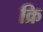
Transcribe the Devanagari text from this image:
क्रि